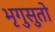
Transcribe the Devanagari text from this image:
भृगुसुतो